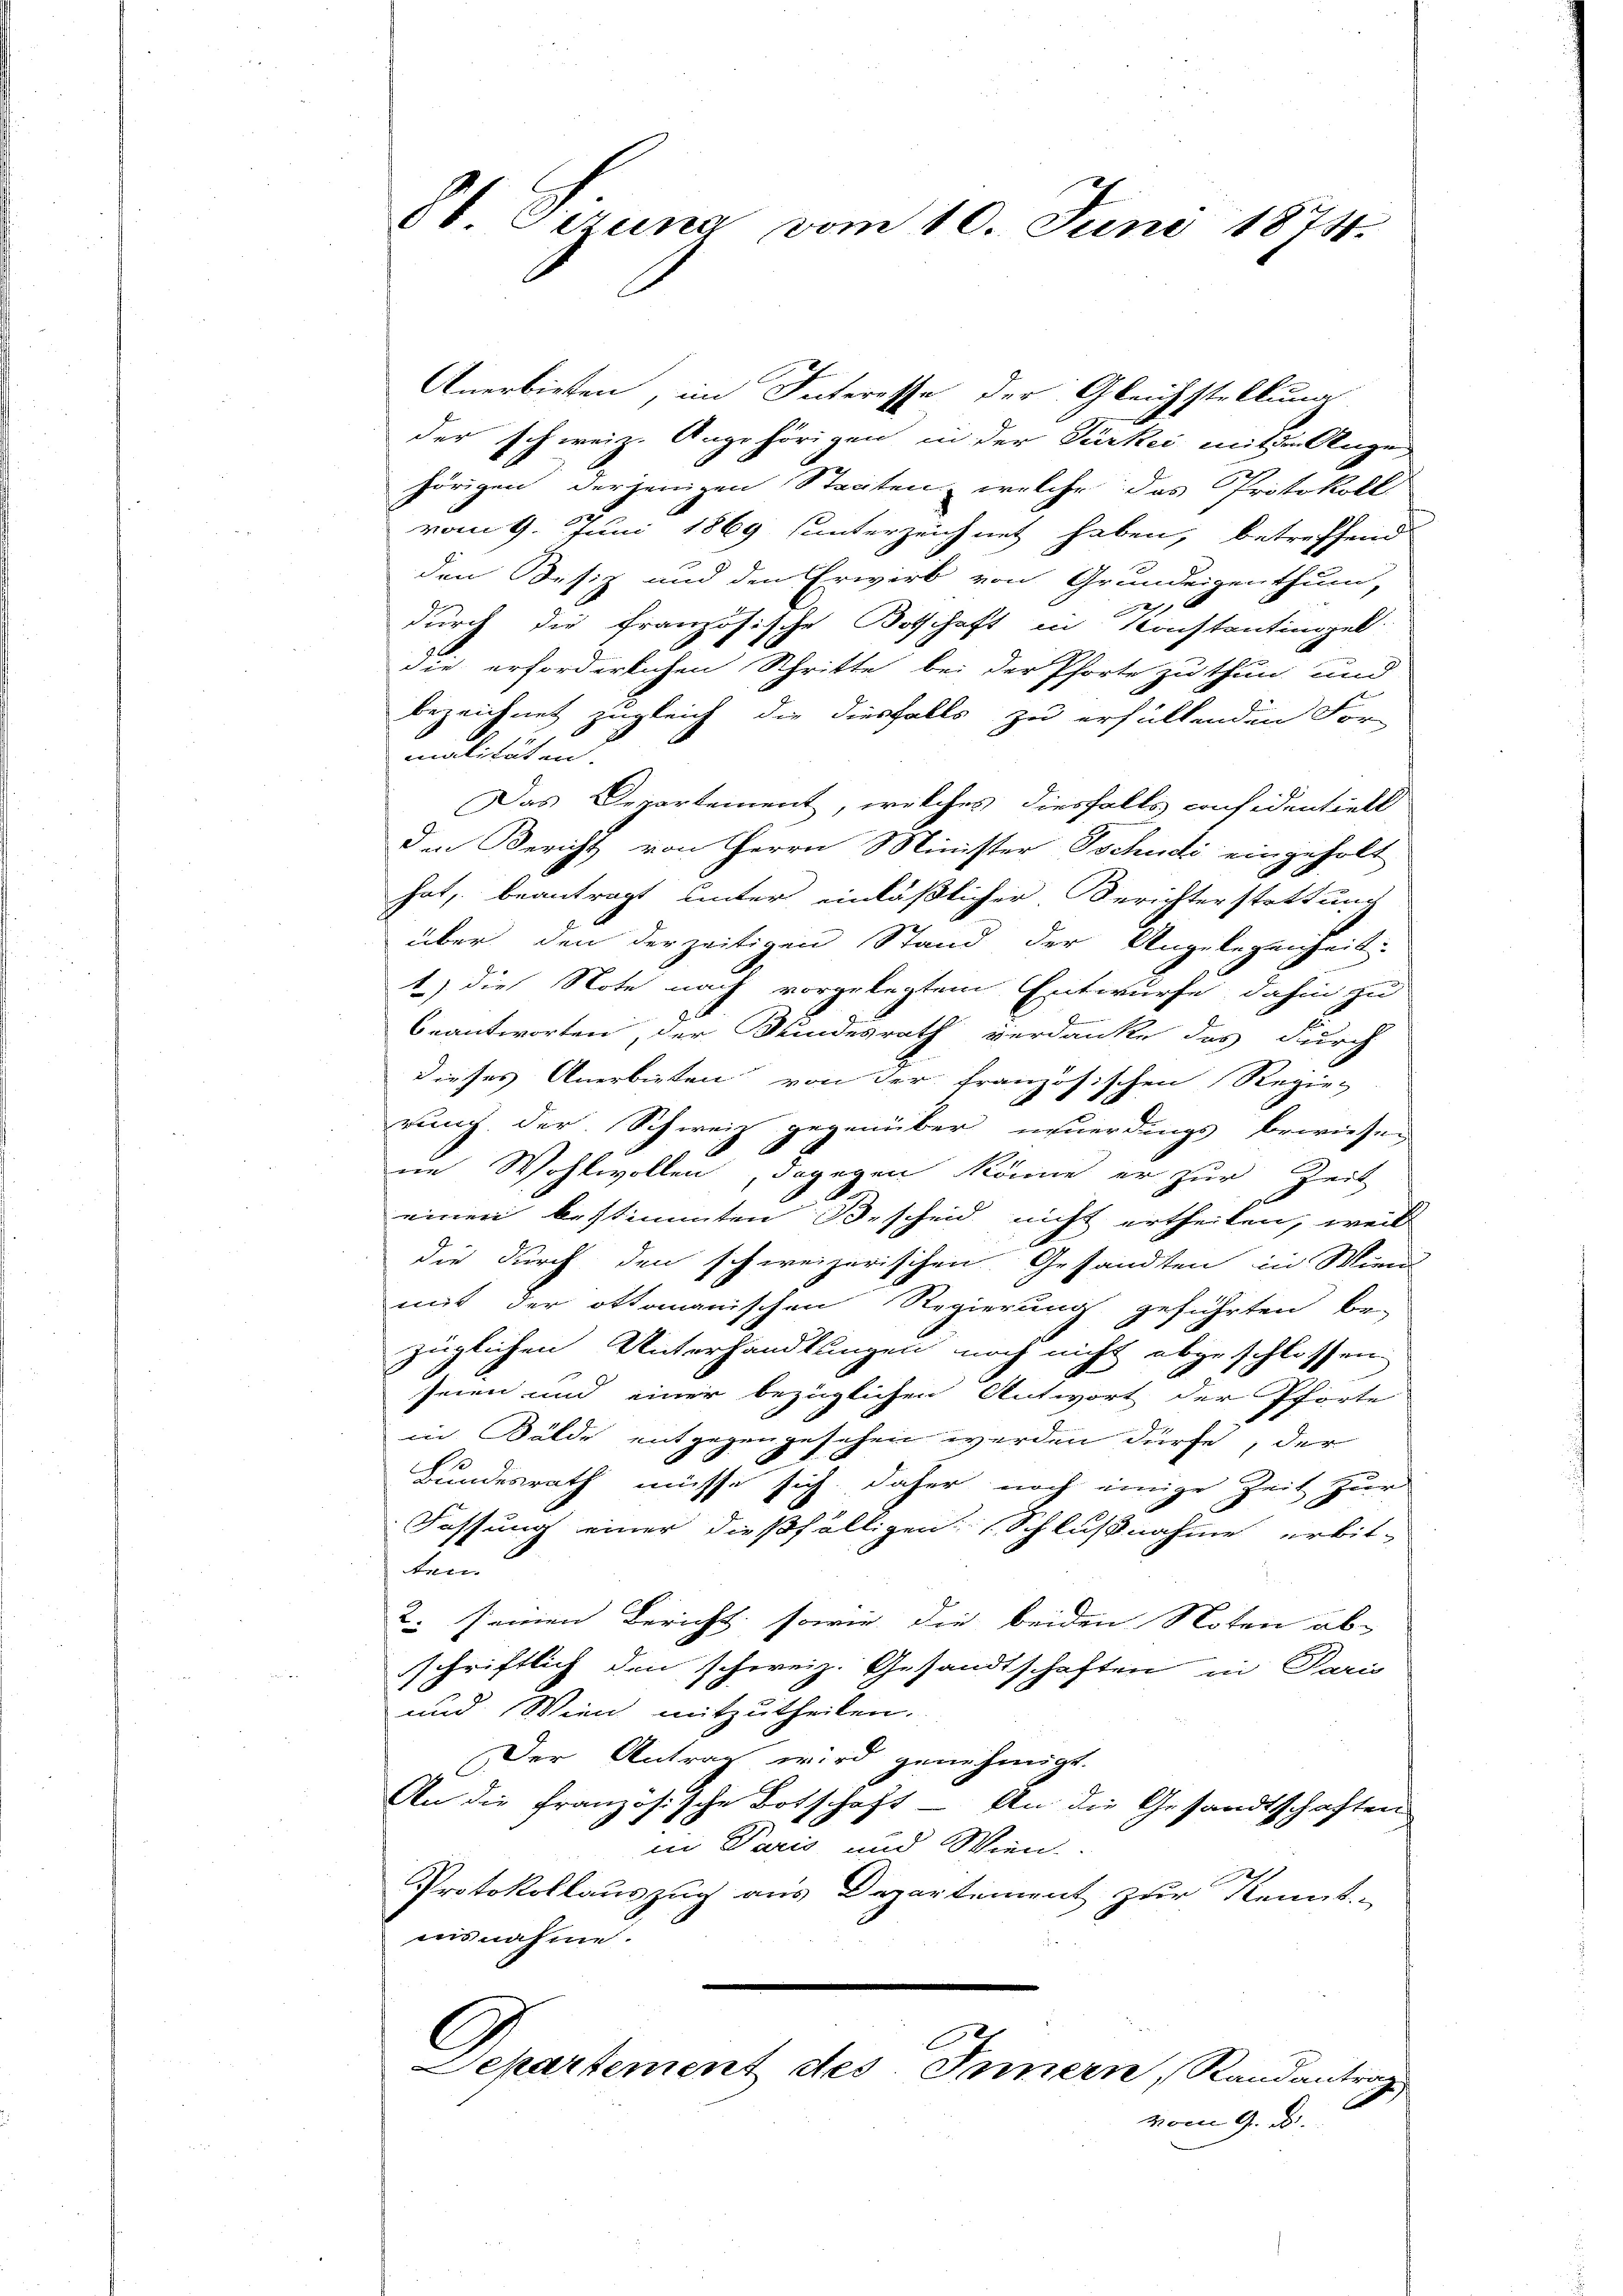
Sb. Gizuna vom 10. Juni 1874.

Anerbieten, im Interesse der Gleichstellung
der schweiz. Angehörigen in der Türkei mit der Ange
hörigen derjenigen Staaten, welche das Protokoll
vom 9. Juni 1869 sunterzeichnet haben, betreffend
den Besiz und den Erwirb von Grundeigenthum,
¬
2
durch die französische Botschaft in Konstantingel
die erforderlichen Schritte bei der Pforte zu thun und
bezeichnet zugleich die diesfalls zu erfüllenden For-
malitäten.
Das Departement, welches diesfalls considentiell
den Bericht von Herrn Minister Tschudi eingeholt
hat, beantragt unter einläßlicher Berichterstattung
über den der zeitigen Stand der Angelegenheit.
1) die Note nach vorgelegtem Entwurfe, dahin zu
beantworten, der Bundesrath verdanke das durch
dieses Anerbieten von der französischen Regierung der Schweiz gegenüber neuerdings bewiesen
ne Wohlwollen, dagegen könne er zur Zeit
einen bestimmten Bescheid nicht ertheilen, weil
die durch den schweizerischen Gesandten in Wien
mit der ottomanischen Regierung geführten be-
züglichen Unterhandlungen noch nicht abgeschlossen:
seien und einer bezüglichen Antwort der Pforte
in Bälde entgegengesehen werden dürfe, der
Bundesrath müsse sich, daher noch einige Zeit zur
Fassung einer dießfälligen (Schlußnahme erbit-
ten.
2. seinen Bericht, sowie die beiden Noten ab
schriftlich den schweiz. Gesandtschaften in Paris
und Wien mitzutheilen.
Der Antrag wird genehmigt.
An die französische Botschaft - An die Gesandtschaften
in Paris und Wien.
Protokollauszug aus Departement zur Kennt-
ausnahme.
C
Separtement des Innern, Randantrag
vom 9. d.